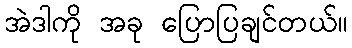
အဲဒါကို အခု ပြောပြချင်တယ်။